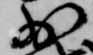
少